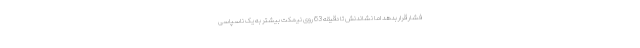
فشار قرار بدهد اما نشاندنش تا دقیقه 63 روی نیمکت بیشتر به یک ناسپاسی